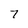
Character: 7